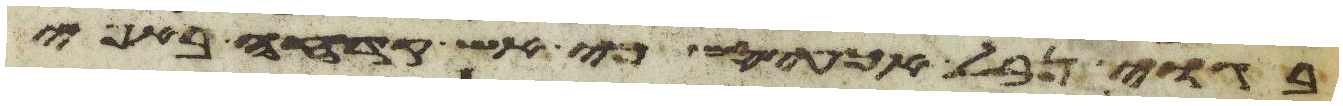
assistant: בגוי נבל אכעיסם כי אש קדחה באפי